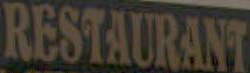
RESTAURANT